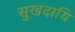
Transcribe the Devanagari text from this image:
सुखदायि